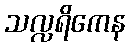
သလ္လရိကေန